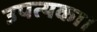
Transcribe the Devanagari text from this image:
उपत्यका।